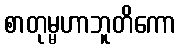
စာတုမ္မဟာဘူတိကော